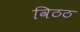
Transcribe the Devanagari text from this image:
विठठ